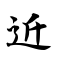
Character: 近